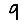
Digit: 9